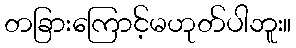
တခြားကြောင့်မဟုတ်ပါဘူး။